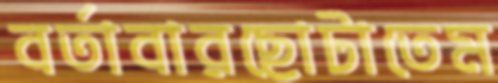
বর্তাবারছোটাতেম